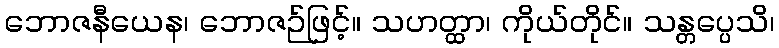
ဘောဇနီယေန၊ ဘောဇဉ်ဖြင့်။ သဟတ္ထာ၊ ကိုယ်တိုင်။ သန္တပ္ပေသိ၊